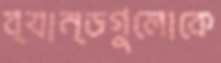
ব্যান্ডগুলোকে